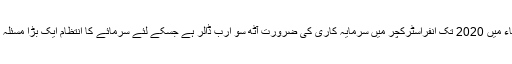
ایشیاء میں 2020 تک انفراسٹرکچر میں سرمایہ کاری کی ضرورت آٹھ سو ارب ڈالر ہے جسکے لئے سرمائے کا انتظام ایک بڑا مسئلہ ہے۔